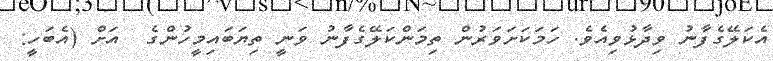
އެކަލޭގެފާނު ވިދާޅުވިއެވެ. ހަމަކަށަވަރުން ތިމަންކަލޭގެފާނު ވަނީ ތިޔަބައިމީހުންގެ  އަށް (އެބަހީ: